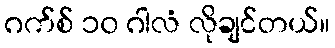
ဂက်စ် ၁၀ ဂါလံ လိုချင်တယ်။